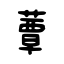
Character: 蕈